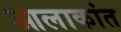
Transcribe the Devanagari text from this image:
आलाकांत